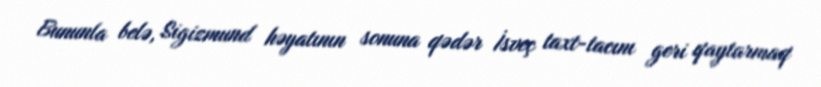
Bununla belə, Sigizmund həyatının sonuna qədər İsveç taxt-tacını geri qaytarmaq